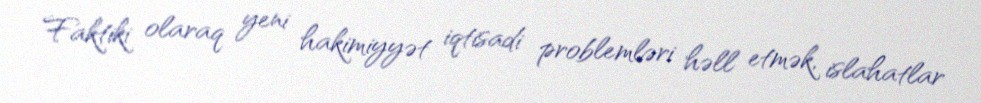
Faktiki olaraq yeni hakimiyyət iqtisadi problemləri həll etmək, islahatlar